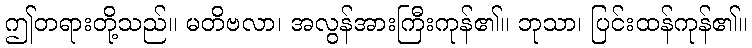
ဤတရားတို့သည်။ မတိဗလာ၊ အလွန်အားကြီးကုန်၏။ ဘုသာ၊ ပြင်းထန်ကုန်၏။